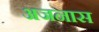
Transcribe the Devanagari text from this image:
अजनास